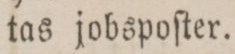
tas jobspoſter.